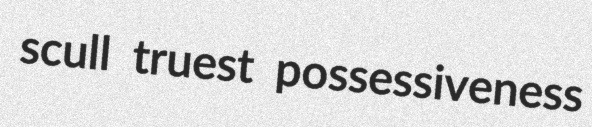
scull truest possessiveness